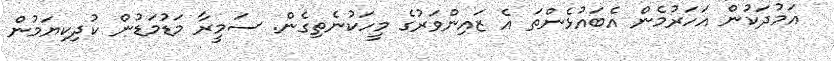
އަމުދަކުން އަހަރުމެން އެބައުޅެންތަ އެ ޒައިންވަރުގެ މީހަކުނެތިގެން. ސަމީރާ މަޑުމަޑުން ކުދިކިޔަމުން